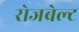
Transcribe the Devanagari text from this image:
रोजबेल्ट